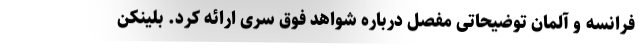
فرانسه و آلمان توضیحاتی مفصل درباره شواهد فوق سری ارائه کرد. بلینکن